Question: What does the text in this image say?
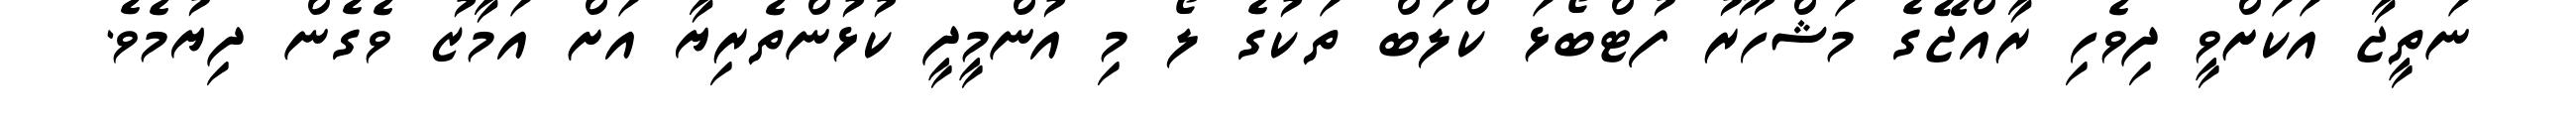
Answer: ނަތީޖާ އަކަށްވީ ދިވެހި ރާއްޖޭގެ މަޝްހޫރު ފުޓްބޯޅަ ކްލަބް ތަކުގެ ލޯ މި އުންމީދީ ކުޅުންތެރިޔާ އަށް އަމާޒު ވެގެން ދިޔުމެވެ.